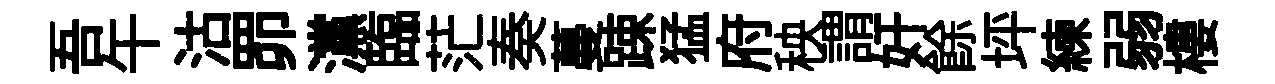
吾午沽𦊑灙臨茫奏蔓踈猛府秧謂奸餘坪練弱樓